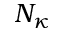
N _ { \kappa }